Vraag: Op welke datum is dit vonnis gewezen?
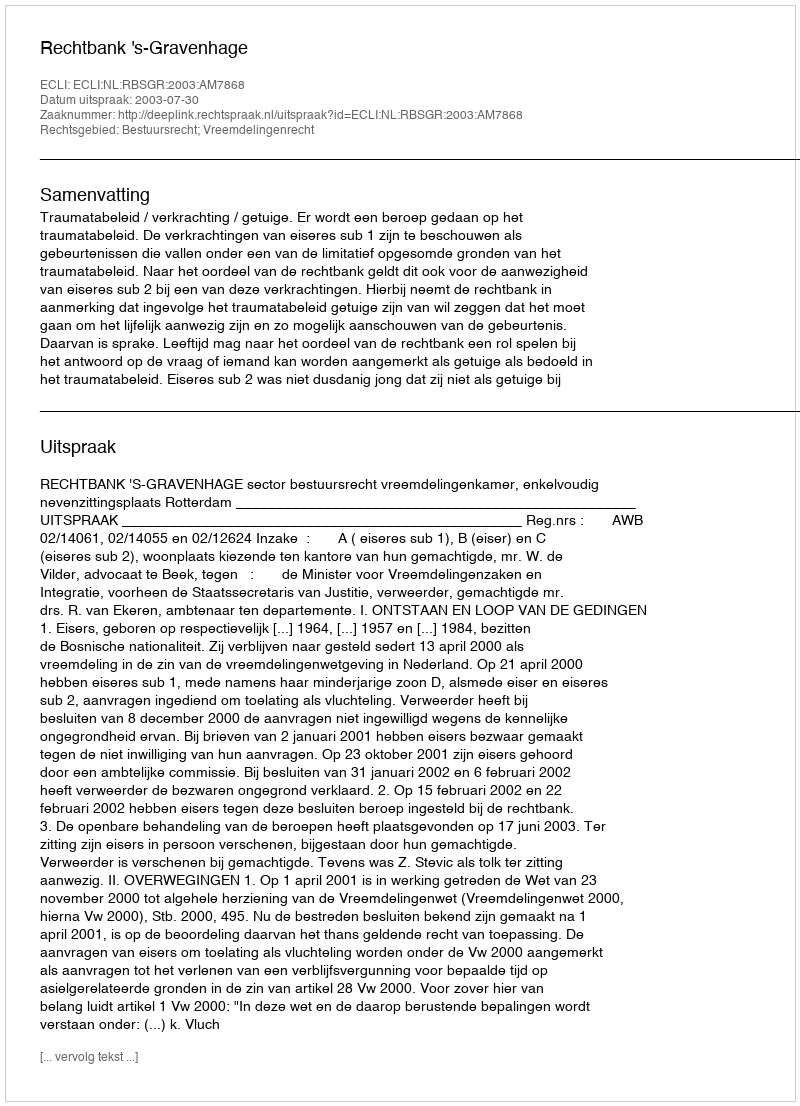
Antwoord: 2003-07-30